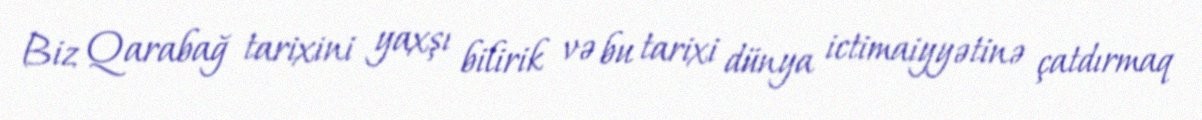
Biz Qarabağ tarixini yaxşı bilirik və bu tarixi dünya ictimaiyyətinə çatdırmaq